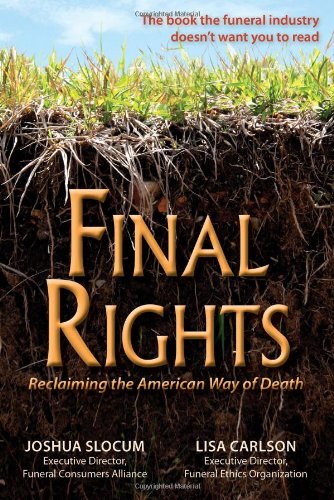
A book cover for Final Rights: Reclaiming the American Way of Death; Lisa Carlson; Reference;